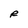
Character: R